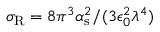
\sigma _ { \mathrm { R } } = 8 \pi ^ { 3 } \alpha _ { \mathrm { s } } ^ { 2 } / ( 3 \epsilon _ { 0 } ^ { 2 } \lambda ^ { 4 } )